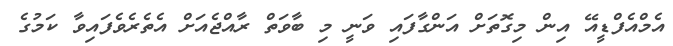
އެމްއެފްޑީއޭ އިން މިގޮތަށް އަންގާފައި ވަނީ މި ބާވަތް ރާއްޖެއަށް އެތެރެވެފައިވާ ކަމުގެ